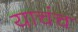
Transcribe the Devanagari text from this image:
याचंच